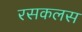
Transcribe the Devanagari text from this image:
रसकलस